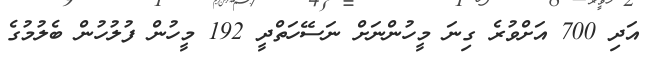
އަދި 700 އަށްވުރެ ގިނަ މީހުންނަށް ނަސޭހަތްދީ 192 މީހުން ފުލުހުން ބެލުމުގެ